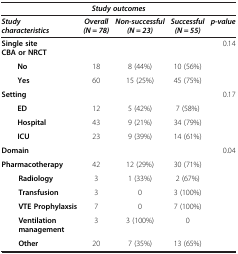
<table><thead><tr><td colspan="5"><b><i>Study outcomes</i></b></td></tr><tr><td><b><i>Study characteristics</i></b></td><td><b><i>Overall (N = 78)</i></b></td><td><b><i>Non-successful (N = 23)</i></b></td><td><b><i>Successful (N = 55)</i></b></td><td><b><i>p-value</i></b></td></tr></thead><tbody><tr><td><b>Single site CBA or NRCT</b></td><td> </td><td> </td><td> </td><td>0.14</td></tr><tr><td><b>No</b></td><td>18</td><td>8 (44%)</td><td>10 (56%)</td><td> </td></tr><tr><td><b>Yes</b></td><td>60</td><td>15 (25%)</td><td>45 (75%)</td><td> </td></tr><tr><td><b>Setting</b></td><td> </td><td> </td><td> </td><td>0.17</td></tr><tr><td><b>ED</b></td><td>12</td><td>5 (42%)</td><td>7 (58%)</td><td> </td></tr><tr><td><b>Hospital</b></td><td>43</td><td>9 (21%)</td><td>34 (79%)</td><td> </td></tr><tr><td><b>ICU</b></td><td>23</td><td>9 (39%)</td><td>14 (61%)</td><td> </td></tr><tr><td><b>Domain</b></td><td> </td><td> </td><td> </td><td>0.04</td></tr><tr><td><b>Pharmacotherapy</b></td><td>42</td><td>12 (29%)</td><td>30 (71%)</td><td> </td></tr><tr><td><b>Radiology</b></td><td>3</td><td>1 (33%)</td><td>2 (67%)</td><td> </td></tr><tr><td><b>Transfusion</b></td><td>3</td><td>0</td><td>3 (100%)</td><td> </td></tr><tr><td><b>VTE Prophylaxsis</b></td><td>7</td><td>0</td><td>7 (100%)</td><td> </td></tr><tr><td><b>Ventilation management</b></td><td>3</td><td>3 (100%)</td><td>0</td><td> </td></tr><tr><td><b>Other</b></td><td>20</td><td>7 (35%)</td><td>13 (65%)</td><td> </td></tr></tbody></table>